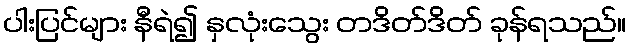
ပါးပြင်များ နီရဲ၍ နှလုံးသွေး တဒိတ်ဒိတ် ခုန်ရသည်။